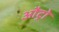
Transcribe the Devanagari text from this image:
औट्रो